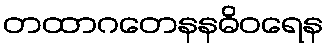
တထာဂတေနနဓိဝရေန